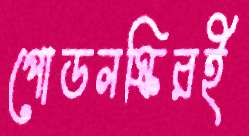
পোডলস্কিরই